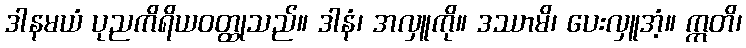
ဒါနမယံ ပုညကိရိယဝတ္ထုသည်။ ဒါနံ၊ အလှူကို။ ဒဿာမိ၊ ပေးလှူအံ့။ ဣတိ၊